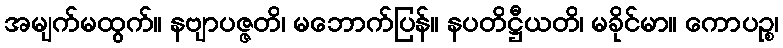
အမျက်မထွက်။ နဗျာပဇ္ဇတိ၊ မဘောက်ပြန်။ နပတိဋ္ဌီယတိ၊ မခိုင်မာ။ ကောပဉ္စ၊